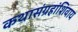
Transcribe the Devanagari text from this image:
कथासंग्रहांशिवाय